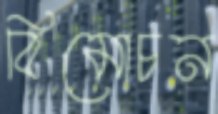
বিমোচন